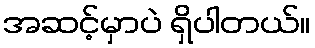
အဆင့်မှာပဲ ရှိပါတယ်။